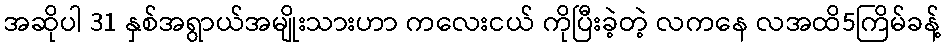
အဆိုပါ 31 နှစ်အရွာယ်အမျိုးသားဟာ ကလေးငယ် ကိုပြီးခဲ့တဲ့ လကနေ လအထိ5ကြိမ်ခန့်